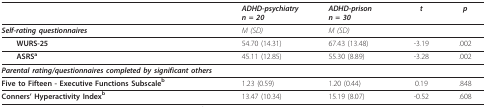
|  | ADHD-psychiatryn = 20 | ADHD-prison n = 30 | t | p |
 | --- | --- | --- | --- | --- |
 | Self-rating questionnaires | M (SD) | M (SD) |  |  |
 | WURS-25 | 54.70 (14.31) | 67.43 (13.48) | -3.19 | .002 |
 | ASRSa | 45.11 (12.85) | 55.30 (8.89) | -3.28 | .002 |
 | Parental rating/questionnaires completed by significant others |  |  |  |  |
 | Five to Fifteen - Executive Functions Subscaleb | 1.23 (0.59) | 1.20 (0.44) | 0.19 | .848 |
 | Conners' Hyperactivity Indexb | 13.47 (10.34) | 15.19 (8.07) | -0.52 | .608 |